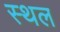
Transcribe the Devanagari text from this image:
स्थल